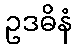
ဥဒဓိနံ